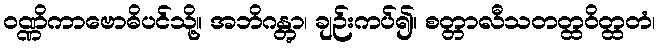
ဝဏ္ဏိကာဗောဓိပင်သို့။ အဘိဂန္တွာ၊ ချဉ်းကပ်၍။ စတ္တာလီသတတ္ထဝိတ္ထတံ၊